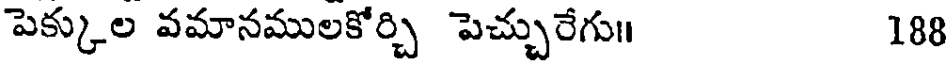
పెక్కుల వమానములకోర్చి పెచ్చురేగు॥ 188